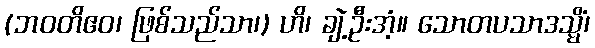
(ဘဝတိဧဝ၊ ဖြစ်သည်သာ၊) ဟိ၊ ချဲ့ဦးအံ့။ သောတပသာဒသ္မိံ၊